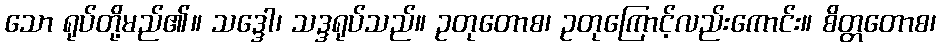
သော ရုပ်တို့မည်၏။ သဒ္ဒေါ၊ သဒ္ဒရုပ်သည်။ ဥတုတောစ၊ ဥတုကြောင့်လည်းကောင်း။ စိတ္တတောစ၊